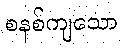
စနစ်ကျသော